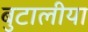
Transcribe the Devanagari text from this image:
बुटालीया